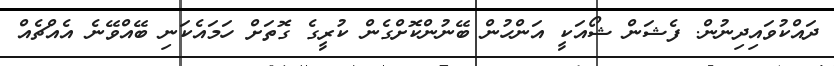
ދައްކުވައިދިނުން. ފެޝަން ޝޯއަކީ އަންހުން ބޭނުުންކޮށްގެން ކުރީގެ ގޮތަށް ހަމައެކަނި ބޭއްވޭނެ އެއްޗެއް